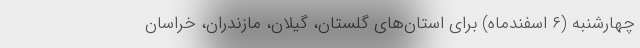
چهارشنبه (۶ اسفندماه) برای استان‌های گلستان، گیلان، مازندران، خراسان